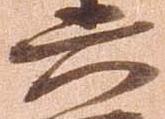
六